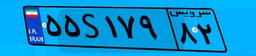
۵۵S۱۷۹۸۲